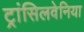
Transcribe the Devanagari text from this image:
ट्रांसिलवेनिया